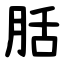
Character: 䏦